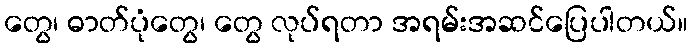
တွေ၊ ဓာတ်ပုံတွေ၊ တွေ လုပ်ရတာ အရမ်းအဆင်ပြေပါတယ်။